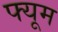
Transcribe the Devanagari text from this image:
फ्यूम